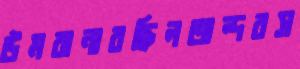
উমরানাবছিলঅন্দরস